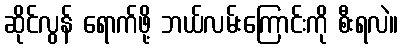
ဆိုင်လွန် ရောက်ဖို့ ဘယ်လမ်းကြောင်းကို စီးရလဲ။